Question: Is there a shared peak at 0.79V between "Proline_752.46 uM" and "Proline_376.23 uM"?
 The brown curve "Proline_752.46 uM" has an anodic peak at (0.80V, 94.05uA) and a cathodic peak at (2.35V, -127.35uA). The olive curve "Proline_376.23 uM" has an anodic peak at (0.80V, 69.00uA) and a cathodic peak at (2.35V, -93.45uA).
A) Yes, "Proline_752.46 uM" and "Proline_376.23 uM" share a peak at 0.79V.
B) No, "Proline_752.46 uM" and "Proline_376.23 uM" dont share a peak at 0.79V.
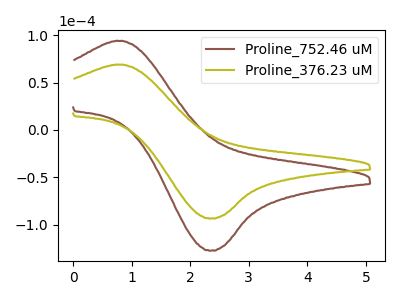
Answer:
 <answer>A) Yes, "Proline_752.46 uM" and "Proline_376.23 uM" share a peak at 0.79V.</answer>
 <eval>A</eval>